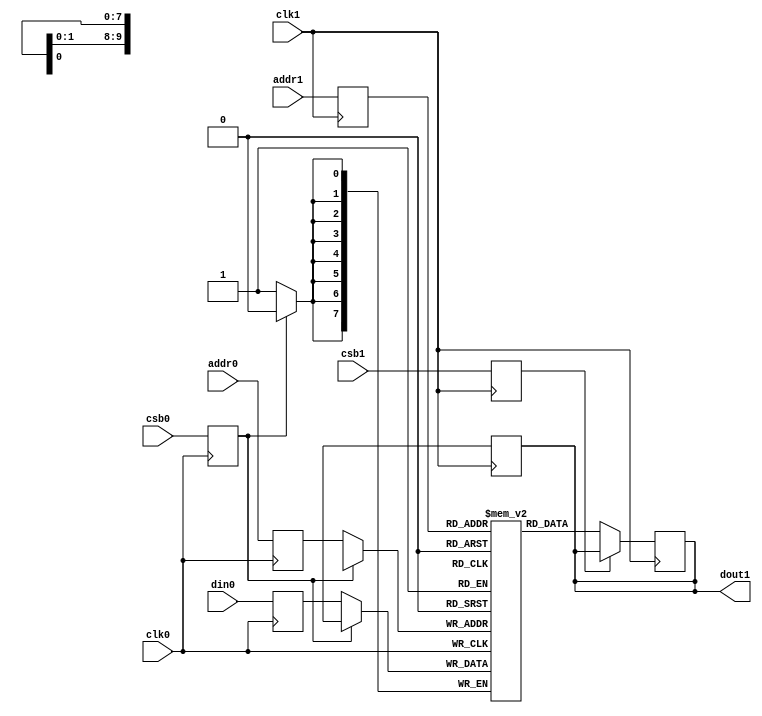
// OpenRAM SRAM model
// Words: 1024
// Word size: 8

module sky130_sram_1kbyte_1r1w_8x1024_8(
`ifdef USE_POWER_PINS
    vccd1,
    vssd1,
`endif
// Port 0: W
    clk0,csb0,addr0,din0,
// Port 1: R
    clk1,csb1,addr1,dout1
  );

  parameter DATA_WIDTH = 8 ;
  parameter ADDR_WIDTH = 10 ;
  parameter RAM_DEPTH = 1 << ADDR_WIDTH;
  // FIXME: This delay is arbitrary.
  parameter DELAY = 3 ;
  parameter VERBOSE = 1 ; //Set to 0 to only display warnings
  parameter T_HOLD = 1 ; //Delay to hold dout value after posedge. Value is arbitrary

`ifdef USE_POWER_PINS
    inout vccd1;
    inout vssd1;
`endif
  input  clk0; // clock
  input   csb0; // active low chip select
  input [ADDR_WIDTH-1:0]  addr0;
  input [DATA_WIDTH-1:0]  din0;
  input  clk1; // clock
  input   csb1; // active low chip select
  input [ADDR_WIDTH-1:0]  addr1;
  output [DATA_WIDTH-1:0] dout1;

  reg [DATA_WIDTH-1:0]    mem [0:RAM_DEPTH-1];

  reg  csb0_reg;
  reg [ADDR_WIDTH-1:0]  addr0_reg;
  reg [DATA_WIDTH-1:0]  din0_reg;

  // All inputs are registers
  always @(posedge clk0)
  begin
    csb0_reg = csb0;
    addr0_reg = addr0;
    din0_reg = din0;
    if ( !csb0_reg && VERBOSE )
      $display($time," Writing %m addr0=%b din0=%b",addr0_reg,din0_reg);
  end

  reg  csb1_reg;
  reg [ADDR_WIDTH-1:0]  addr1_reg;
  reg [DATA_WIDTH-1:0]  dout1;

  // All inputs are registers
  always @(posedge clk1)
  begin
    csb1_reg = csb1;
    addr1_reg = addr1;
    if (!csb0 && !csb1 && (addr0 == addr1))
         $display($time," WARNING: Writing and reading addr0=%b and addr1=%b simultaneously!",addr0,addr1);
    #(T_HOLD) dout1 = 8'bx;
    if ( !csb1_reg && VERBOSE ) 
      $display($time," Reading %m addr1=%b dout1=%b",addr1_reg,mem[addr1_reg]);
  end


  // Memory Write Block Port 0
  // Write Operation : When web0 = 0, csb0 = 0
  always @ (negedge clk0)
  begin : MEM_WRITE0
    if (!csb0_reg) begin
        mem[addr0_reg][7:0] = din0_reg[7:0];
    end
  end

  // Memory Read Block Port 1
  // Read Operation : When web1 = 1, csb1 = 0
  always @ (negedge clk1)
  begin : MEM_READ1
    if (!csb1_reg)
       dout1 <= #(DELAY) mem[addr1_reg];
  end

endmodule